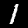
Label: 1